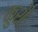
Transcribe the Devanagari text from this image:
कुशैः